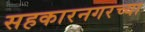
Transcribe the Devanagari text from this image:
सहकारनगरच्या